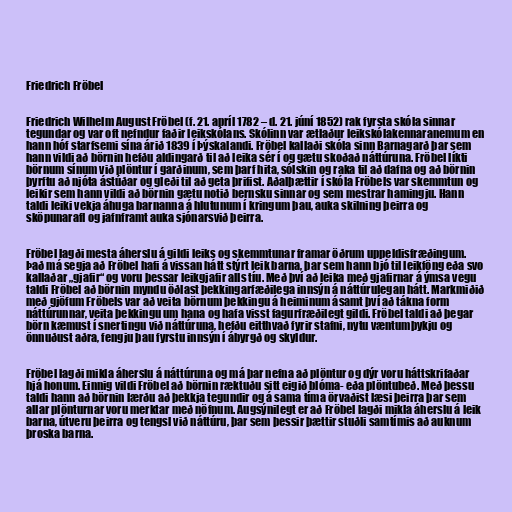
Friedrich Fröbel

Friedrich Wilhelm August Fröbel (f. 21. apríl 1782 – d. 21. júní 1852) rak fyrsta skóla sinnar
tegundar og var oft nefndur faðir leikskólans. Skólinn var ætlaður leikskólakennaranemum en
hann hóf starfsemi sína árið 1839 í Þýskalandi. Fröbel kallaði skóla sinn Barnagarð þar sem
hann vildi að börnin hefðu aldingarð til að leika sér í og gætu skoðað náttúruna. Fröbel líkti
börnum sínum við plöntur í garðinum, sem þarf hita, sólskin og raka til að dafna og að börnin
þyrftu að njóta ástúðar og gleði til að geta þrifist. Aðalþættir í skóla Fröbels var skemmtun og
leikir sem hann vildi að börnin gætu notið bernsku sinnar og sem mestrar hamingju. Hann
taldi leiki vekja áhuga barnanna á hlutunum í kringum þau, auka skilning þeirra og
sköpunarafl og jafnframt auka sjónarsvið þeirra.

Fröbel lagði mesta áherslu á gildi leiks og skemmtunar framar öðrum uppeldisfræðingum.
Það má segja að Fröbel hafi á vissan hátt stýrt leik barna, þar sem hann bjó til leikföng eða svo
kallaðar „gjafir“ og voru þessar leikgjafir alls tíu. Með því að leika með gjafirnar á ýmsa vegu
taldi Fröbel að börnin myndu öðlast þekkingarfæðilega innsýn á náttúrulegan hátt. Markmiðið
með gjöfum Fröbels var að veita börnum þekkingu á heiminum ásamt því að tákna form
náttúrunnar, veita þekkingu um hana og hafa visst fagurfræðilegt gildi. Fröbel taldi að þegar
börn kæmust í snertingu við náttúruna, hefðu eitthvað fyrir stafni, nytu væntumþykju og
önnuðust aðra, fengju þau fyrstu innsýn í ábyrgð og skyldur.

Fröbel lagði mikla áherslu á náttúruna og má þar nefna að plöntur og dýr voru háttskrifaðar
hjá honum. Einnig vildi Fröbel að börnin ræktuðu sitt eigið blóma- eða plöntubeð. Með þessu
taldi hann að börnin lærðu að þekkja tegundir og á sama tíma örvaðist læsi þeirra þar sem
allar plönturnar voru merktar með nöfnum. Augsýnilegt er að Fröbel lagði mikla áherslu á leik
barna, útveru þeirra og tengsl við náttúru, þar sem þessir þættir stuðli samtímis að auknum
þroska barna.